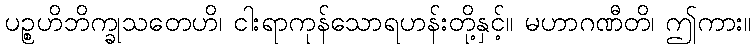
ပဉ္စဟိဘိက္ခုသတေဟိ၊ ငါးရာကုန်သောရဟန်းတို့နှင့်။ မဟာဂဏီတိ၊ ဤကား။